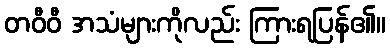
တဝီဝီ အသံများကိုလည်း ကြားရပြန်၏။